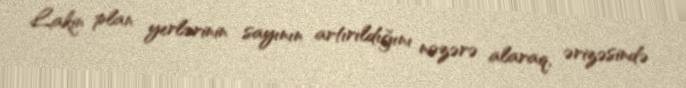
Lakin plan yerlərinin sayının artırıldığını nəzərə alaraq, ərizəsində